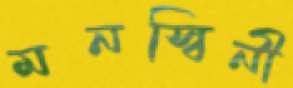
মনস্বিনী